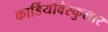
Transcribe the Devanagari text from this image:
कार्डियोवैस्कुलार